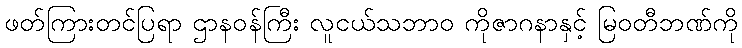
ဖတ်ကြားတင်ပြရာ ဌာနဝန်ကြီး လူငယ်သဘာ၀ ကိုဇာဂနာနှင့် မြဝတီဘဏ်ကို